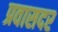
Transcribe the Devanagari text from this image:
प्रवासदर